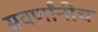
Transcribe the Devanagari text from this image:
सवर्णांनीच